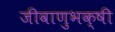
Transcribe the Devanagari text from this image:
जीवाणुभक्षी